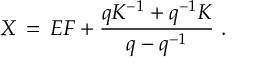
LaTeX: X \, = \, E F + \frac { q K ^ { - 1 } + q ^ { - 1 } K } { q - q ^ { - 1 } } \; .